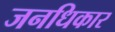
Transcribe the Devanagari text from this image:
जनधिकार